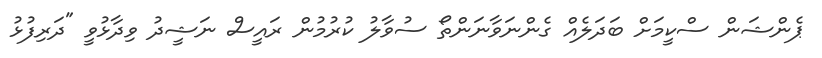
ޕެންޝަން ސްކީމަށް ބަދަލެއް ގެންނަވާނަންތޯ ސުވާލު ކުރުމުން ރައީސް ނަޝީދު ވިދާޅުވީ "ދަރިފުޅު